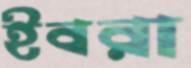
ইবরা